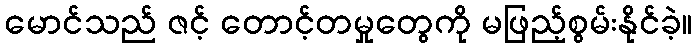
မောင်သည် ဇင့် တောင့်တမှုတွေကို မဖြည့်စွမ်းနိုင်ခဲ့။